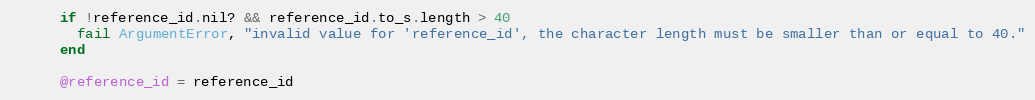
Language: Ruby
      if !reference_id.nil? && reference_id.to_s.length > 40
        fail ArgumentError, "invalid value for 'reference_id', the character length must be smaller than or equal to 40."
      end

      @reference_id = reference_id